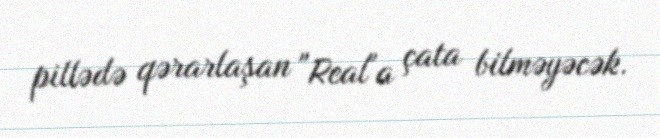
pillədə qərarlaşan "Real"a çata bilməyəcək.